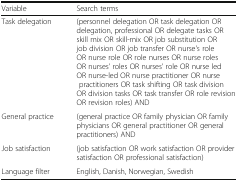
| Variable | Search terms |
 | --- | --- |
 | Task delegation | (personnel delegation OR task delegation OR delegation, professional OR delegate tasks OR skill mix OR skill-mix OR job substitution OR job division OR job transfer OR nurse's role OR nurse role OR role nurses OR nurse roles OR nurses’ roles OR nurses’ role OR nurse led OR nurse-led OR nurse practitioner OR nurse practitioners OR task shifting OR task division OR division tasks OR task transfer OR role revision OR revision roles) AND |
 | General practice | (general practice OR family physician OR family physicians OR general practitioner OR general practitioners) AND |
 | Job satisfaction | (job satisfaction OR work satisfaction OR provider satisfaction OR professional satisfaction) |
 | Language filter | English, Danish, Norwegian, Swedish |